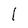
Character: l